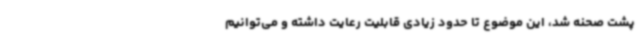
پشت صحنه شد، این موضوع تا حدود زیادی قابلیت رعایت داشته و می‌توانیم